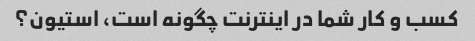
کسب و کار شما در اینترنت چگونه است، استیون؟